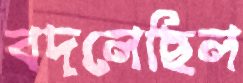
বদলেছিল